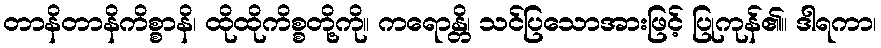
တာနိတာနိကိစ္စာနိ၊ ထိုထိုကိစ္စတို့ကို။ ကရောန္တိ၊ သင်ပြသောအားဖြင့် ပြုကုန်၏။ ဒါရကာ၊